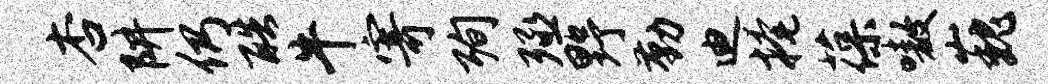
杏阱仍酷牛寄殉殛野勤迪掩葆嗷巍